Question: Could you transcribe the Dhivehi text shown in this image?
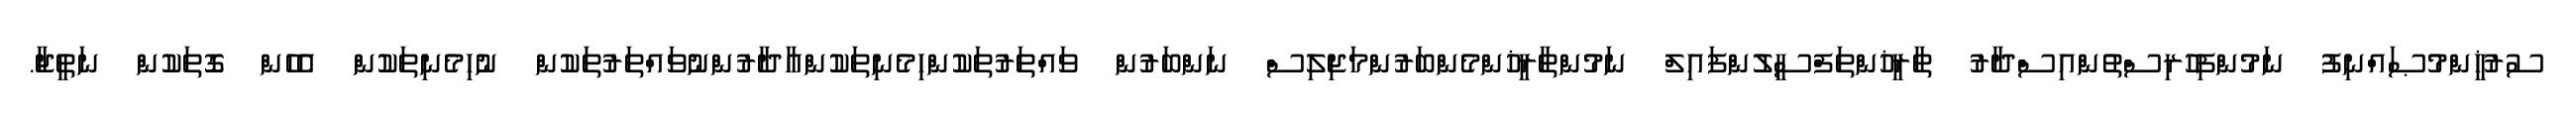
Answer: ސުރުޚީންމުޞައްނިފު ނަމުންފިހުރިސްތުންއިސްދާރު ތާރީޚުންތަފްސީލުންފައިލް ނަމުންތާރީޚުންމެންބަރުންމަޖިލިސް ނަންބަރުން ވައްތަރުތަކުންހިމެނިތަކުންއާދާރުންނުވައްތަރުތަކުން ނުހިމެނިތަކުން އެހެން ގޮތަކުން ނަތީޖާ.